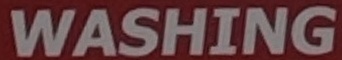
WASHING